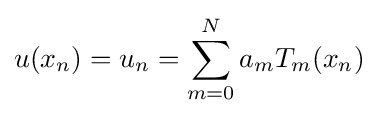
u(x_{n})=u_{n}=\sum _{m=0}^{N}a_{m}T_{m}(x_{n})